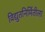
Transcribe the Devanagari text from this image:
विद्युतनिर्मितीला